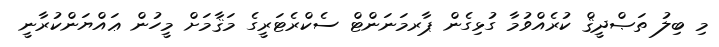
މި ބިލު ތަޞްދީޤް ކުރެއްވުމާ ގުޅިގެން ޕާރމަނަންޓް ސެކްރެޓަރީގެ މަޤާމަށް މީހުން ޢައްޔަންކުރާނީ